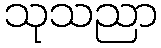
သုသညာ